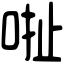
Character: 𠳏